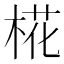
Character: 椛